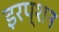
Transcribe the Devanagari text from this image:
इरप्शन